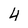
Character: 4